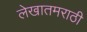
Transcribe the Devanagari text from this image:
लेखातमराठी